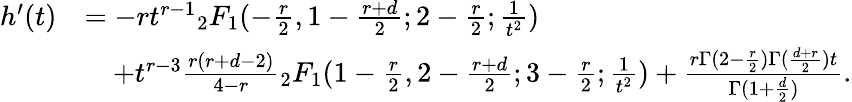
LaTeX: \begin{array}{rl}{h^{\prime}(t)}&{=-rt^{r-1}{_2F_{1}}(-\frac{r}{2},1-\frac{r+d}{2};2-\frac{r}{2};\frac{1}{t^{2}})}\\ &{\quad+t^{r-3}\frac{r(r+d-2)}{4-r}{_2F_{1}}(1-\frac{r}{2},2-\frac{r+d}{2};3-\frac{r}{2};\frac{1}{t^{2}})+\frac{r\Gamma(2-\frac{r}2)\Gamma(\frac{d+r}{2})t}{\Gamma(1+\frac{d}{2})}.}\end{array}